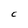
Character: C